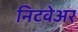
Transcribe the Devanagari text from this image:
निटवेअर